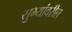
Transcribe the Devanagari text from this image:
सुभ्यांवरील